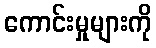
ကောင်းမှုများကို